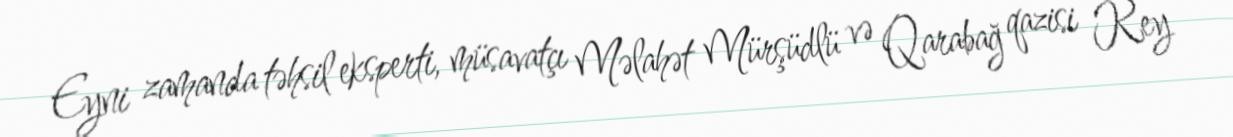
Eyni zamanda təhsil eksperti, müsavatçı Məlahət Mürşüdlü və Qarabağ qazisi Rey